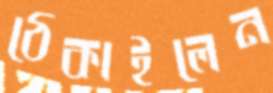
ঠেকাইলেন